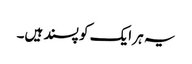
یہ ہر ایک کو پسند ہیں۔